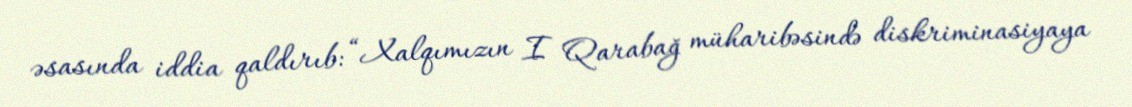
əsasında iddia qaldırıb: “Xalqımızın I Qarabağ müharibəsində diskriminasiyaya